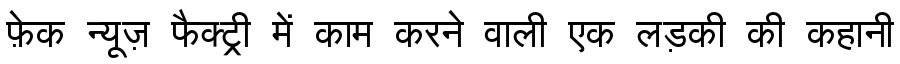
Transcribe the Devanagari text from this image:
फ़ेक न्यूज़ फैक्ट्री में काम करने वाली एक लड़की की कहानी